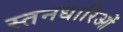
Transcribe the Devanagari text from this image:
स्तनधारिओं